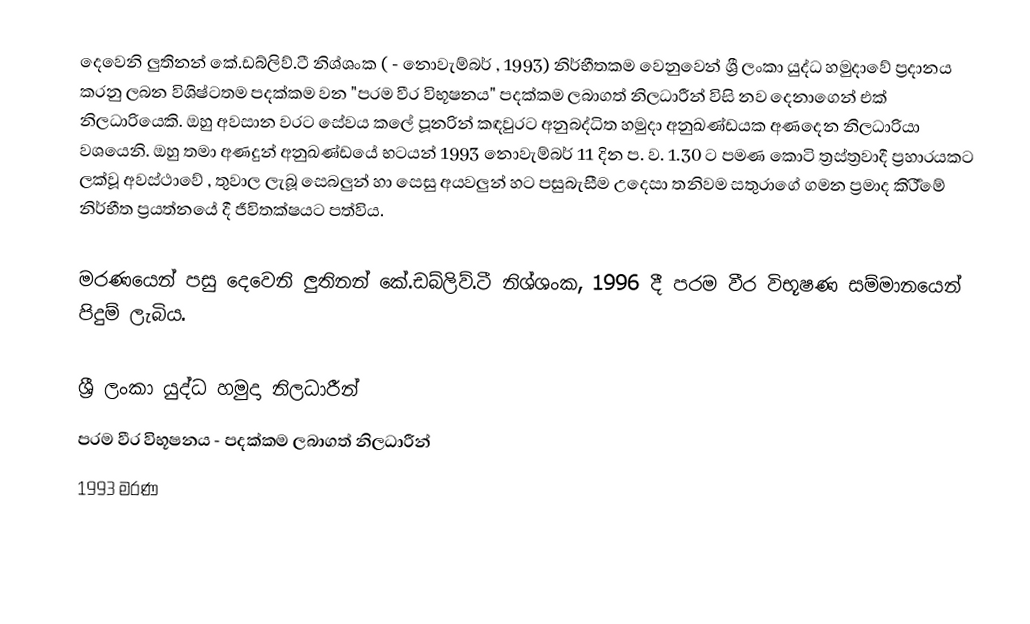
දෙවෙනි ලුතිනන් කේ.ඩබ්ලිව්.ටී නිශ්ශංක    ( - නොවැම්බර් , 1993)  නිර්භීතකම වෙනුවෙන් ශ්‍රී ලංකා යුද්ධ හමුදාවේ ප්‍රදානය කරනු ලබන විශිෂ්ටතම පදක්කම වන "පරම වීර විභූෂනය" පදක්කම ලබාගත් නිලධාරීන් විසි නව දෙනාගෙන් එක් නිලධාරියෙකි. ඔහු අවසාන වරට සේවය කලේ පූනරින් කඳවුරට අනුබද්ධිත හමුදා අනුඛණ්ඩයක අණදෙන නිලධාරියා වශයෙනි.  ඔහු තමා අණදුන් අනුඛණ්ඩයේ භටයන් 1993 නොවැම්බර් 11 දින ප. ව. 1.30 ට පමණ කොටි ත්‍රස්ත්‍රවාදී ප්‍රහාරයකට ලක්වූ අවස්ථාවේ , තුවාල ලැබූ සෙබලුන් හා සෙසු අයවලුන් හට පසුබැසීම උදෙසා තනිවම සතුරාගේ ගමන ප්‍රමාද කිර්‍රීමේ නිර්භීත ප්‍රයත්නයේ දී ජීවිතක්ෂයට පත්විය.

මරණයෙන් පසු දෙවෙනි ලුතිනන් කේ.ඩබ්ලිව්.ටී නිශ්ශංක,  1996 දී පරම වීර විභූෂණ සම්මානයෙන් පිදුම් ලැබිය.

ශ්‍රී ලංකා යුද්ධ හමුදා නිලධාරීන්
පරම වීර විභූෂනය - පදක්කම ලබාගත් නිලධාරීන්
1993 මරණ